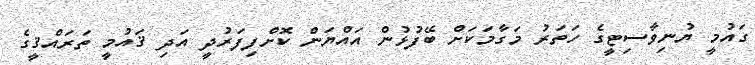
ގައުމީ ޔުނިވާސިޓީގެ ހަތަރު މަގާމަކަށް ބޭފުޅުން އައްޔަން ކޮށްފިފަރުދީ އަދި ޤައުމީ ތަރައްޤީގެ